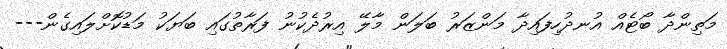
މަތިންދާ ބޯޓެއް އުނދުހިފައިދާ މަންޒަރު ބަލަން މާލޭ އިރުދެކުނު ފަރާތުގައި ބަޔަކު މަޑުކޮށްލައިގެން---